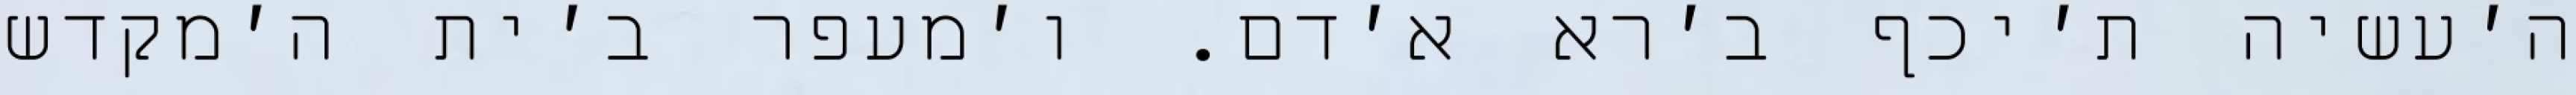
ה׳עשיה ת׳יכף ב׳רא א׳דם. ו׳מעפר ב׳ית ה׳מקדש